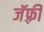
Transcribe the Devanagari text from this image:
जॅफ़्री